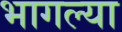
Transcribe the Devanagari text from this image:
भागल्या